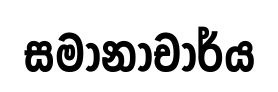
සමානාචාර්ය